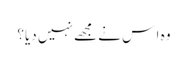
وہ ا س نے مجھے نہیں دیا؟